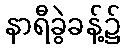
နာရီခွဲခန့်၌